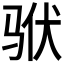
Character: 𱅎